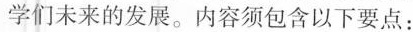
学们未来的发展。内容须包含以下要点：